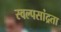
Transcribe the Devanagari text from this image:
स्वल्पसांद्रता